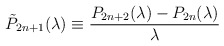
\begin{align*}\tilde{P}_{2n+1}(\lambda) \equiv \frac{P_{2n+2}(\lambda)-P_{2n}(\lambda)}{\lambda}\end{align*}